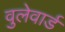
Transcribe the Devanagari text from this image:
वुलेवार्ड